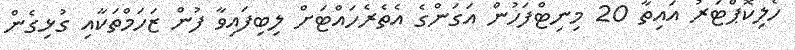
ހެލިކޮޕްޓަރު އައިތާ 20 މިނިޓްފަހުން އަގަންގެ އެތެރެހައްޓަށް ލިބިފައިވާ ފުން ޒަހަމްތަކާއި ގުޅިގެން